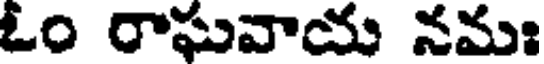
ఓం రాఘవాయ నమః